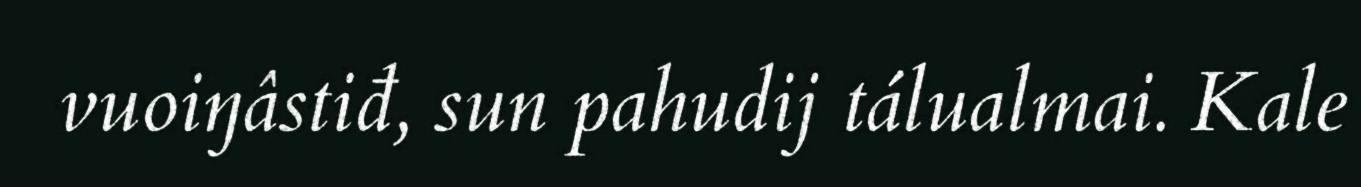
vuoiŋâstiđ, sun pahudij tálualmai. Kale